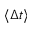
\langle \Delta t \rangle